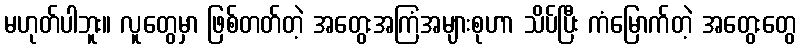
မဟုတ်ပါဘူး။ လူတွေမှာ ဖြစ်တတ်တဲ့ အတွေးအကြံအများစုဟာ သိပ်ပြီး ကံမြောက်တဲ့ အတွေးတွေ